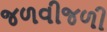
જળવીજળી